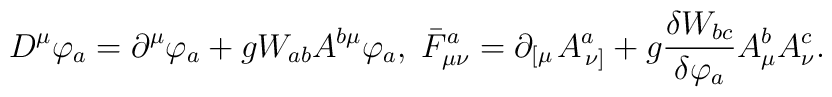
D^{\mu }\varphi _{a}=\partial ^{\mu } \varphi _{a}+gW_{ab}A^{b\mu }\varphi_{a},\;\bar{F}_{\mu \nu }^{a}= \partial _{\left[ \mu \right. }A_{\left. \nu\right] }^{a}+g\frac{\delta W_{bc}}{\delta \varphi _{a}}A_{\mu }^{b}A_{\nu}^{c}.